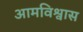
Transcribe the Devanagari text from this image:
आमविश्वास